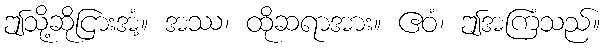
ဤသို့ဆိုငြားအံ့။ အဿ၊ ထိုဆရာအား။ ဧဝံ၊ ဤအကြံသည်။